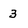
Character: 3